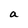
Character: a